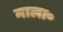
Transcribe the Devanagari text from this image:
माला॰